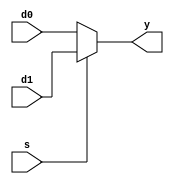
module mux2(d0, d1, s, y);
	
	parameter word_size = 4;
	input [word_size-1:0] d0, d1; 
	input s;
	output [word_size-1:0] y;

assign y = s ? d1 : d0;
endmodule


module mux4(d0, d1, d2, d3, s, y);
	input [15:0] d0, d1, d2, d3;
	input [1:0] s;
	output [15:0] y;
	wire [15:0] y0, y1;

mux2 #(16) u0(d0, d1, s[0], y0);
mux2 #(16) u1(d2, d2, s[0], y1);
mux2 #(16) u2(y0, y1, s[1], y);

endmodule